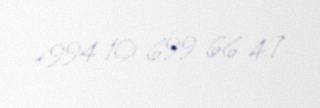
+994 10 699 66 47